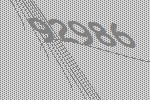
92986